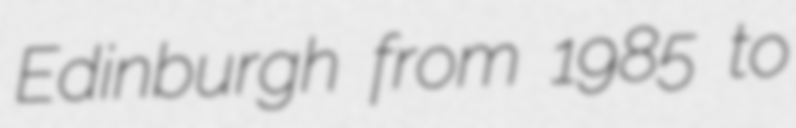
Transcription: Edinburgh from 1985 to